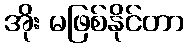
အိုး မဖြစ်နိုင်တာ